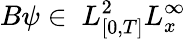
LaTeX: B\psi\in~L_{[0,T]}^{2}L_{x}^{\infty}